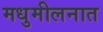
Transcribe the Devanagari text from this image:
मधुमीलनात